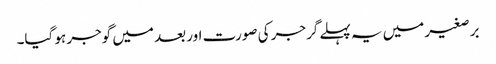
برصغیر میں یہ پہلے گرجر کی صورت اور بعد میں گوجر ہو گیا۔